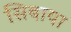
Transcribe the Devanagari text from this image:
सिबाया